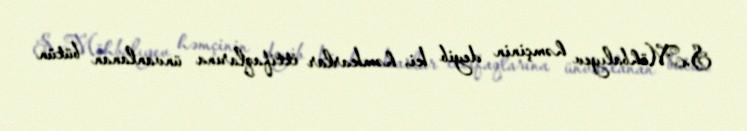
S.Möhbalıyev həmçinin deyib ki, həmkarlar ittifaqlarına ünvanlanan bütün